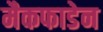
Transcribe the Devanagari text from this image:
मैकफाडेन